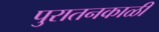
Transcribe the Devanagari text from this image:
पुरातनकाळी